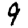
Digit: 9